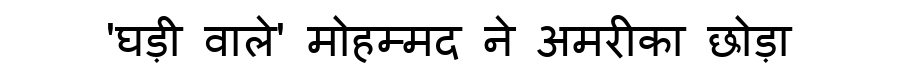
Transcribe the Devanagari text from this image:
'घड़ी वाले' मोहम्मद ने अमरीका छोड़ा